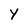
Character: Y